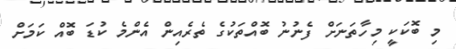
މި ބޮކަކީ މިހާތަނަށް ފެނުނު ބޮއްތަކުގެ ތެރެއިން އެންމެ ކުޑަ ބޮއް ކަަމަށް